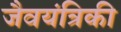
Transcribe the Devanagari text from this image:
जैवयंत्रिकी